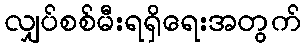
လျှပ်စစ်မီးရရှိရေးအတွက်